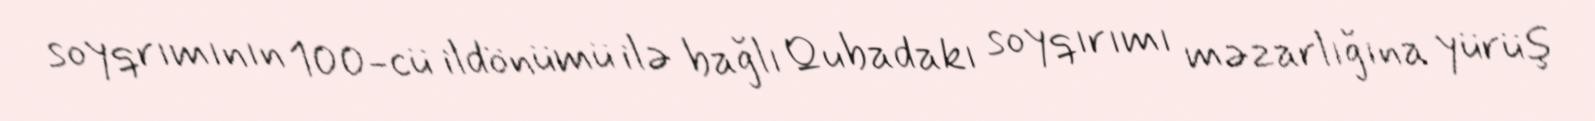
soyqrımının 100-cü ildönümü ilə bağlı Qubadakı soyqırımı məzarlığına yürüş